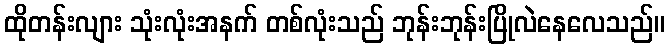
ထိုတန်းလျား သုံးလုံးအနက် တစ်လုံးသည် ဘုန်းဘုန်းပြိုလဲနေလေသည်။